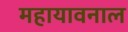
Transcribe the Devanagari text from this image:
महायावनाल